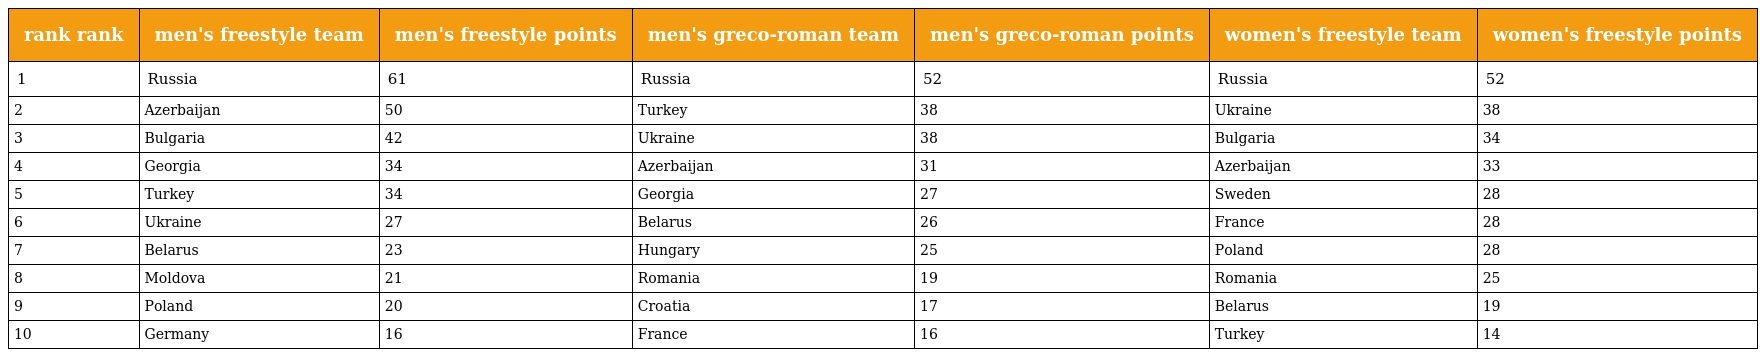
| rank rank | men's freestyle team | men's freestyle points | men's greco-roman team | men's greco-roman points | women's freestyle team | women's freestyle points |
 | --- | --- | --- | --- | --- | --- | --- |
 | 1 | Russia | 61 | Russia | 52 | Russia | 52 |
 | 2 | Azerbaijan | 50 | Turkey | 38 | Ukraine | 38 |
 | 3 | Bulgaria | 42 | Ukraine | 38 | Bulgaria | 34 |
 | 4 | Georgia | 34 | Azerbaijan | 31 | Azerbaijan | 33 |
 | 5 | Turkey | 34 | Georgia | 27 | Sweden | 28 |
 | 6 | Ukraine | 27 | Belarus | 26 | France | 28 |
 | 7 | Belarus | 23 | Hungary | 25 | Poland | 28 |
 | 8 | Moldova | 21 | Romania | 19 | Romania | 25 |
 | 9 | Poland | 20 | Croatia | 17 | Belarus | 19 |
 | 10 | Germany | 16 | France | 16 | Turkey | 14 |